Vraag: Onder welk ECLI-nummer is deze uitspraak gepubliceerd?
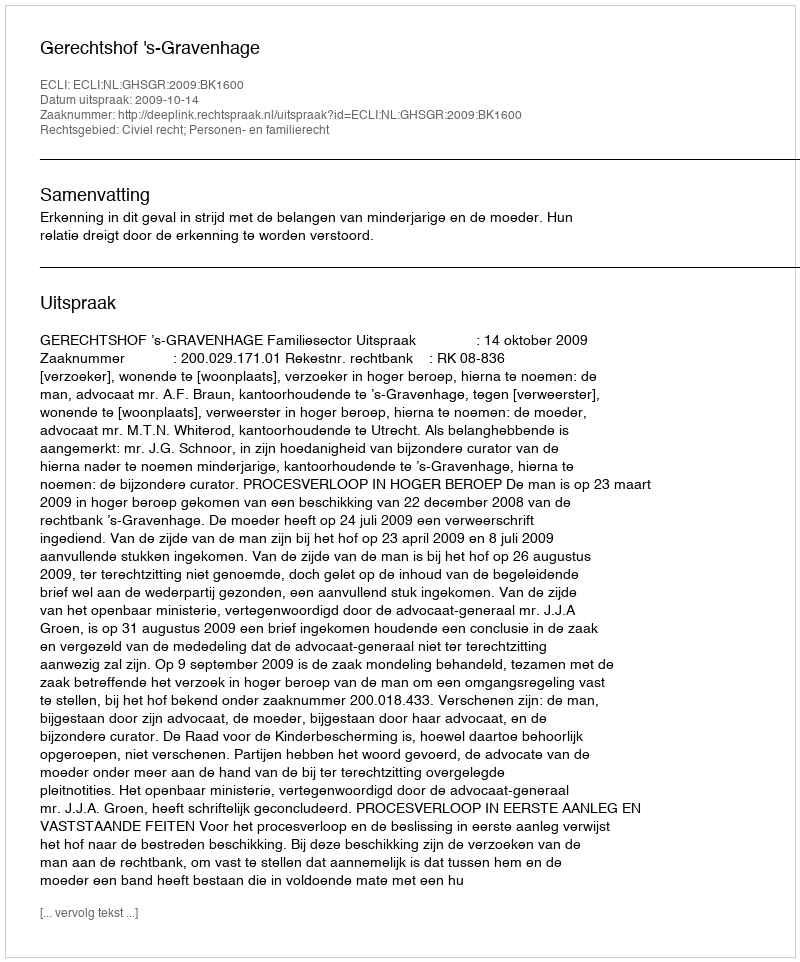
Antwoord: ECLI:NL:GHSGR:2009:BK1600